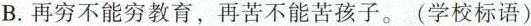
B.再穷不能穷教育，再苦不能苦孩子。(学校标语)